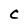
Character: c